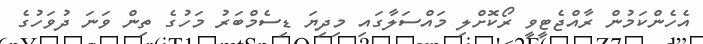
އެހެންކަމުން ރާއްޖެޓީވީ ރޯކޮށްލި މައްސަލާގައި މިދިޔަ ޑިސެމްބަރު މަހުގެ ތިން ވަނަ ދުވަހުގެ